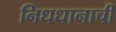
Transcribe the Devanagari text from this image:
निधधानाची